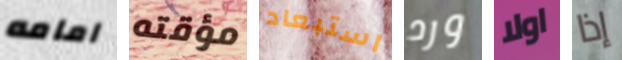
امامه مؤقته استبعاد ورد اولا إذا